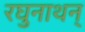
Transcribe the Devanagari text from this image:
रघुनाथन्